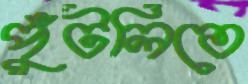
পুঁটলিতে